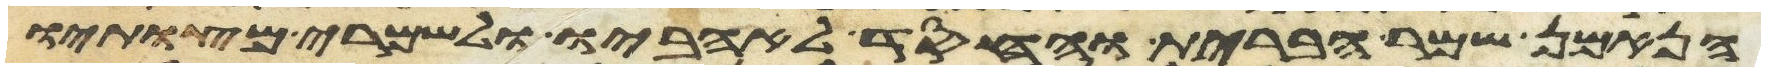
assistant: הנאמן שמר הברית והחסד לאהביו ולשמרי מצותיו